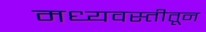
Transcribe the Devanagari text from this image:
मध्यवस्तीतून